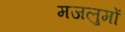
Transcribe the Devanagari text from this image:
मजलुमों